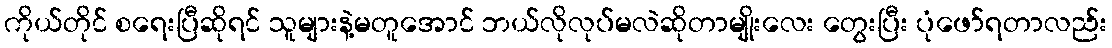
ကိုယ်တိုင် စရေးပြီဆိုရင် သူများနဲ့မတူအောင် ဘယ်လိုလုပ်မလဲဆိုတာမျိုးလေး တွေးပြီး ပုံဖော်ရတာလည်း